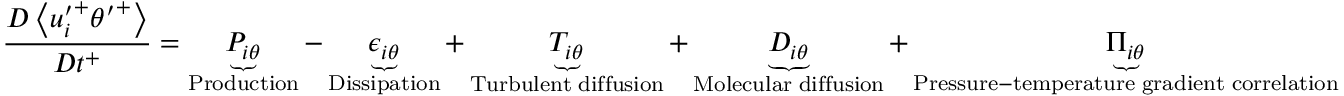
\frac { D \left< { u _ { i } ^ { \prime } } ^ { + } { \theta ^ { \prime } } ^ { + } \right> } { D t ^ { + } } = \underbrace { P _ { i \theta } } _ { \mathrm { \tiny { P r o d u c t i o n } } } - \underbrace { \epsilon _ { i \theta } } _ { \mathrm { \tiny { D i s s i p a t i o n } } } + \underbrace { T _ { i \theta } } _ { \mathrm { \tiny { T u r b u l e n t ~ d i f f u s i o n } } } + \underbrace { D _ { i \theta } } _ { \mathrm { \tiny { M o l e c u l a r ~ d i f f u s i o n } } } + \underbrace { \Pi _ { i \theta } } _ { \mathrm { \tiny { P r e s s u r e - t e m p e r a t u r e ~ g r a d i e n t ~ c o r r e l a t i o n } } }